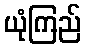
ယုံကြည်